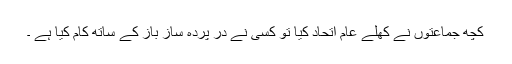
کچھ جماعتوں نے کھلے عام اتحاد کیا تو کسی نے در پردہ ساز باز کے ساتھ کام کیا ہے ۔